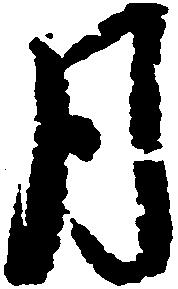
月